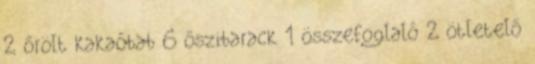
2 őrölt kakaóbab 6 őszibarack 1 összefoglaló 2 ötletelő